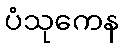
ပံသုကေန